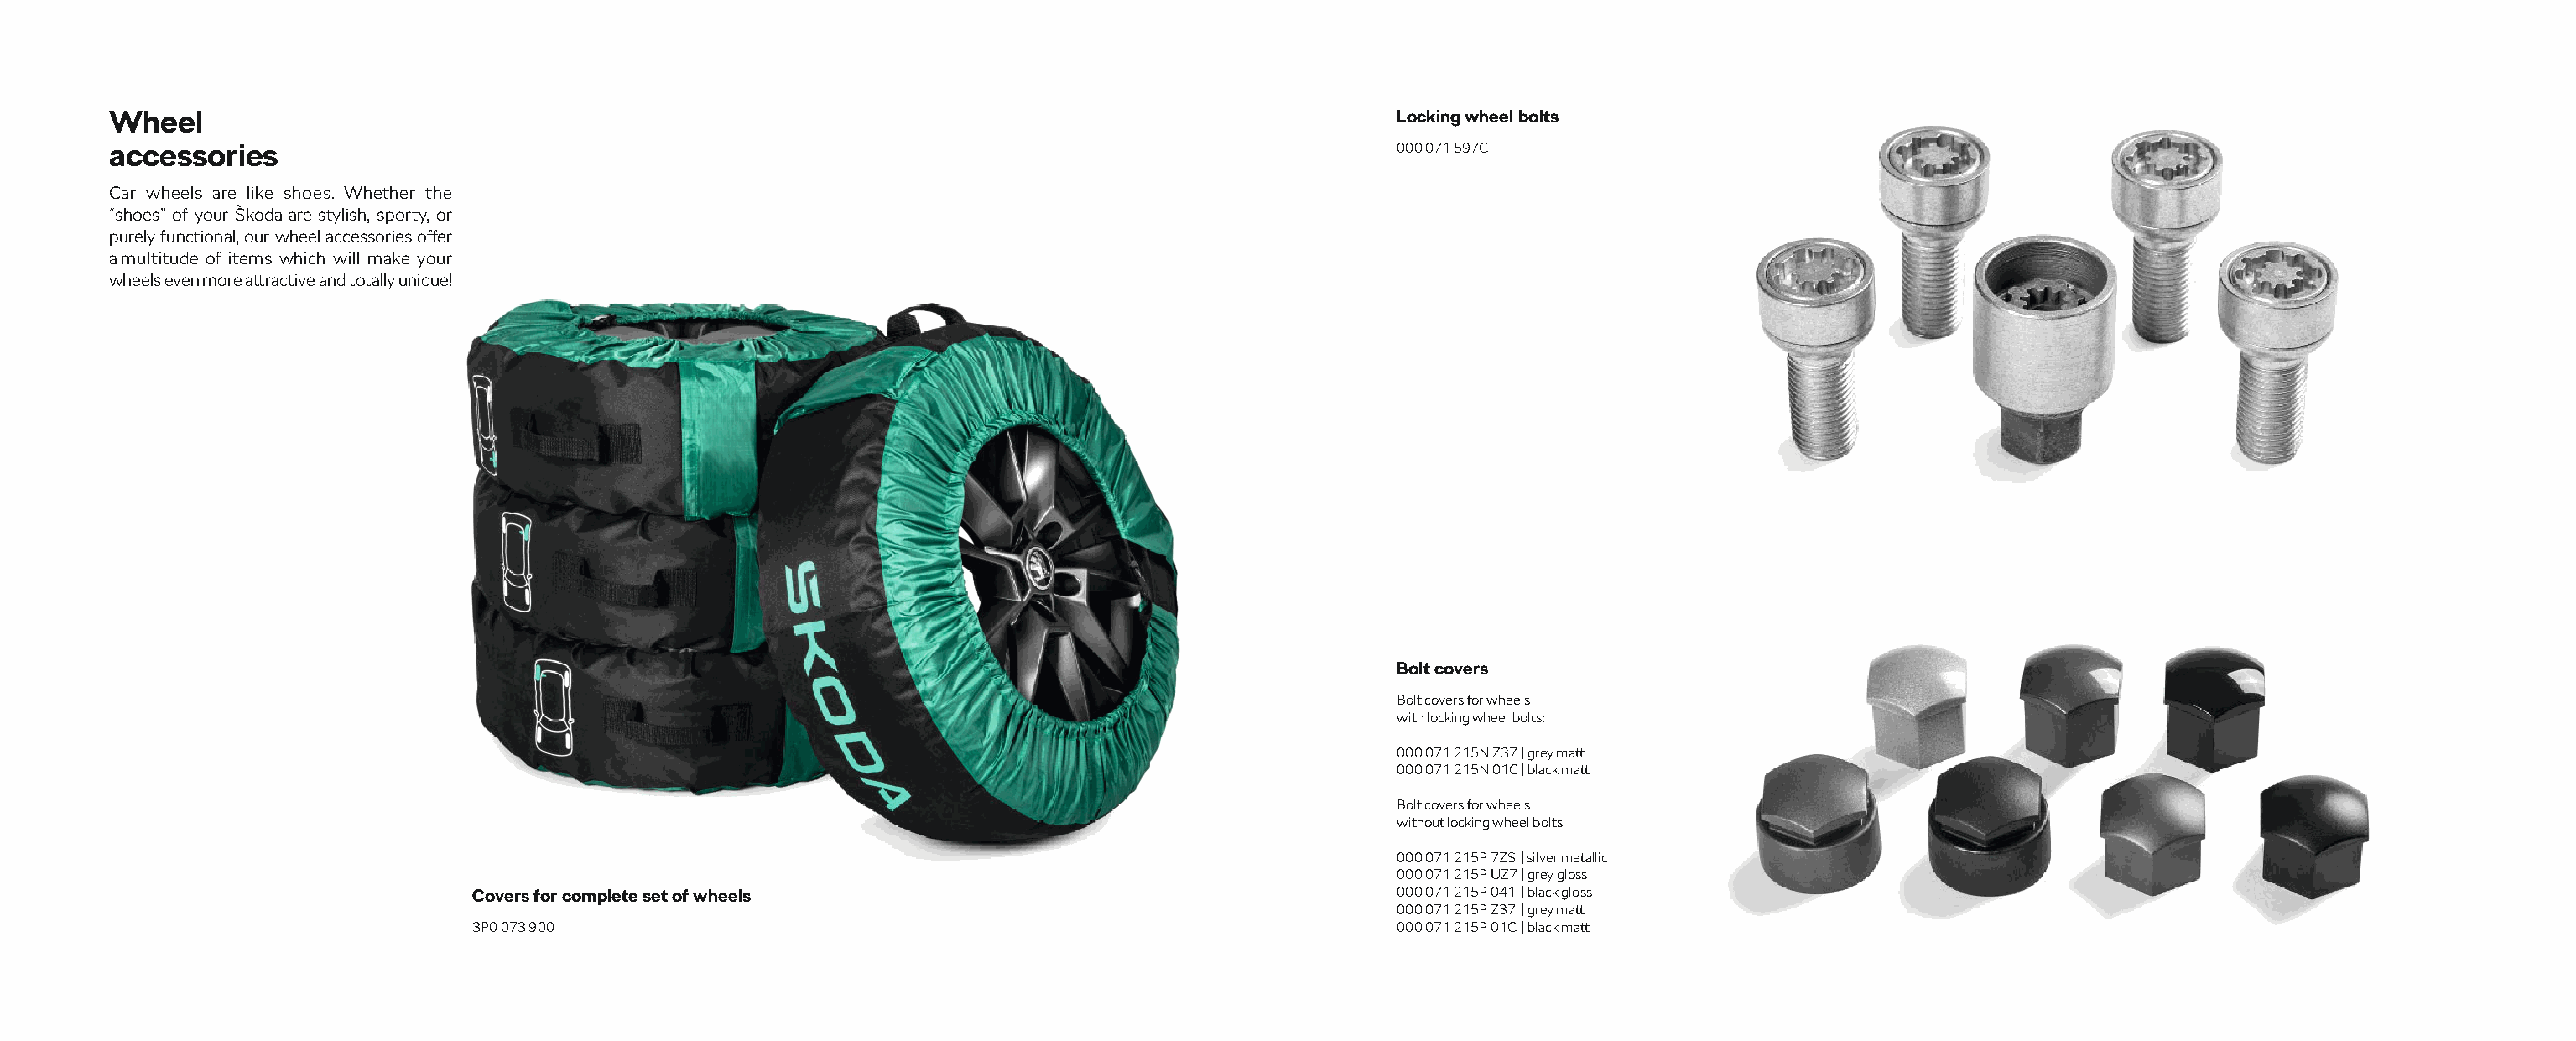
Wheel                                                                                                Locking wheel bolts
 accessories                                                                                          000 071 597C
 Car wheels are like shoes. Whether the
 “shoes” of your Škoda are stylish, sporty, or
 purely functional, our wheel accessories off er
 a multitude of items which will make your
 wheels even more attractive and totally unique!
 Bolt covers
 Bolt covers for wheels
 with locking wheel bolts:
 000 071 215N Z37 | grey matt
 000 071 215N 01C | black matt
 Bolt covers for wheels
 without locking wheel bolts:
 000 071 215P 7ZS | silver metallic
 000 071 215P UZ7 | grey gloss
 Covers for complete set of wheels                                        000 071 215P 041 | black gloss
 000 071 215P Z37 | grey matt
 3P0 073 900                                                              000 071 215P 01C | black matt